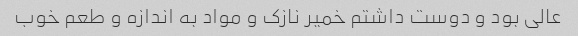
عالی بود و دوست داشتم خمیر نازک و مواد به اندازه و طعم خوب